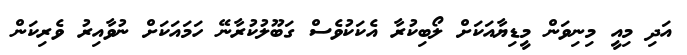
އަދި މިއީ މިނިވަން މީޑިޔާއަކަށް ލޯބިކުރާ އެކަކުވެސް ގަބޫލުކުރާނޭ ހަމައަކަށް ނުވާއިރު ވެރިކަން